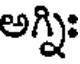
అగ్ని: